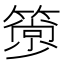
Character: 𥳦